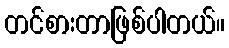
တင်စားတာဖြစ်ပါတယ်။